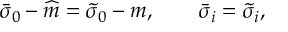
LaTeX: \bar { \sigma } _ { 0 } - \widehat { m } = \tilde { \sigma } _ { 0 } - m , \qquad \bar { \sigma } _ { i } = \tilde { \sigma } _ { i } ,